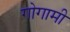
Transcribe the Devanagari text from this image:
गोगामी